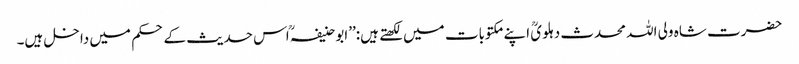
حضرت شاہ ولی اللہ محدث دہلویؒ اپنے مکتوبات میں لکھتے ہیں:’’ابو حنیفہؒ اس حدیث کے حکم میں داخل ہیں۔